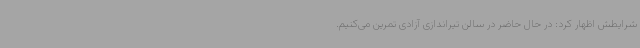
شرایطش اظهار کرد: در حال حاضر در سالن تیراندازی آزادی تمرین می‌کنیم.